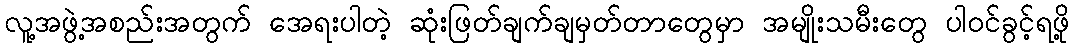
လူ့အဖွဲ့အစည်းအတွက် အေရးပါတဲ့ ဆုံးဖြတ်ချက်ချမှတ်တာတွေမှာ အမျိုးသမီးတွေ ပါဝင်ခွင့်ရဖို့